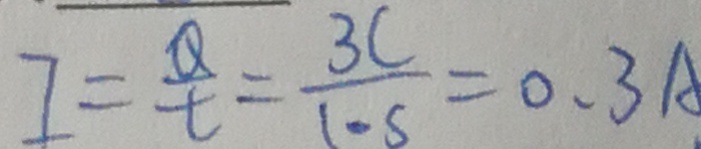
I = \frac { Q } { t } = \frac { 3 C } { 1 0 s } = 0 . 3 A